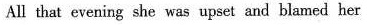
All that evening she was upset and blamed her